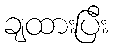
ချထားပြီး